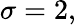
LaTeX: \sigma=2,